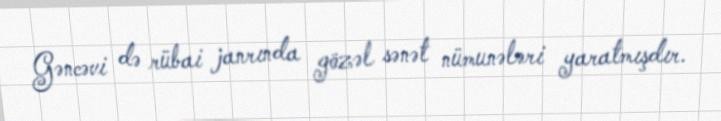
Gəncəvi də rübai janrında gözəl sənət nümunələri yaratmışdır.